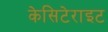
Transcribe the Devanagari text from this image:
केसिटेराइट